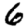
Digit: 6